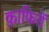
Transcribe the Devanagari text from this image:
क़ाफिरों